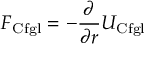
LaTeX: F _ { \mathrm { C f g l } } = - { \frac { \partial } { \partial r } } { U } _ { \mathrm { C f g l } }